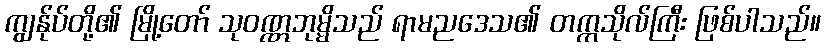
ကျွန်ုပ်တို့၏ မြို့တော် သုဝဏ္ဏဘုမ္မိသည် ရာမညဒေသ၏ တက္ကသိုလ်ကြီး ဖြစ်ပါသည်။